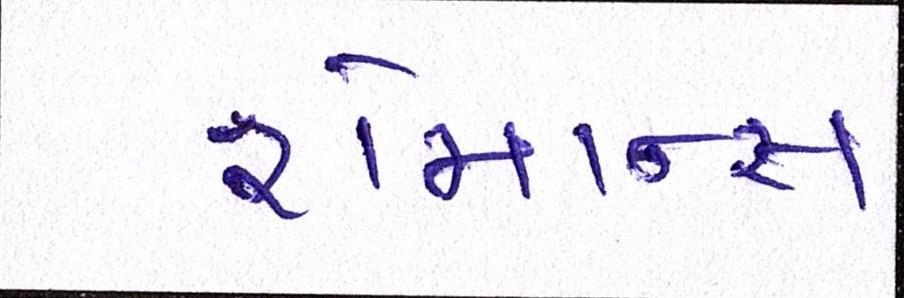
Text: રોમાન્સ